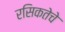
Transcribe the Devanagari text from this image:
रसिकतेचे